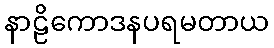
နာဠိကောဒနပရမတာယ